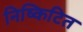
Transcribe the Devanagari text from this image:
निष्किटित